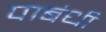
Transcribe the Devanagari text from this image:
पाबंधी